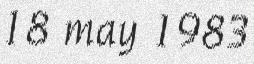
18 may 1983